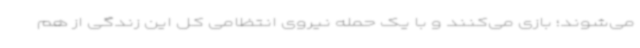
می‌شوند؛ بازی می‌کنند و با یک حمله نیروی انتظامی کل این زندگی از هم